Civil Veterinary Dept. North-West Frontier Province 1901-22 - 1901-1922
Year: 1901
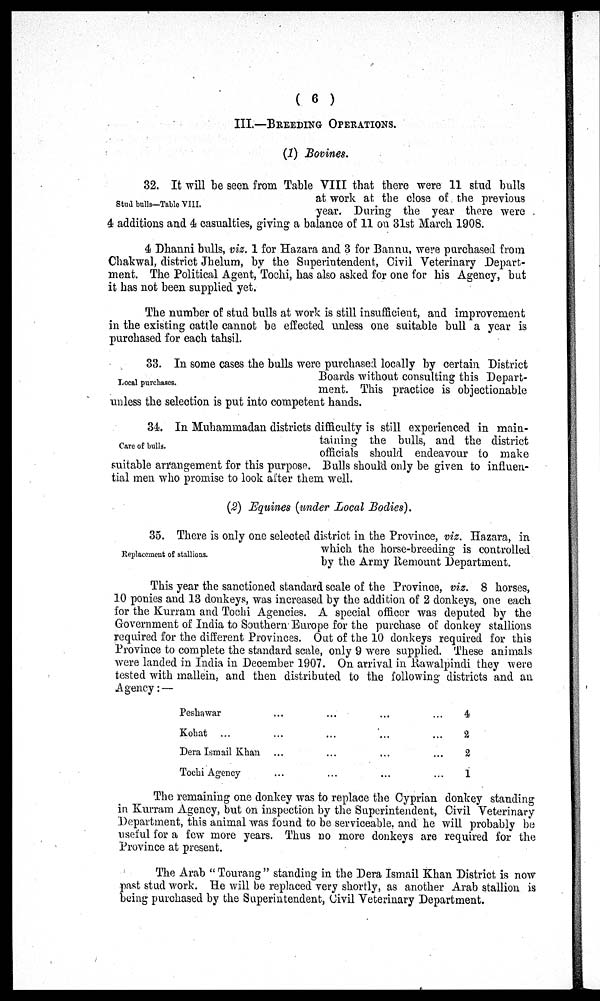
(6)
III—BREEDING OPERATIONS.
(1) Bovines.
Stud bulls—Table VIII.
32. It will be seen from Table VIII that there were 11 stud bulls
at work at the close of the previous
year. During the year there were
4 additions and 4 casualties, giving a balance of 11 on 31st March 1908.
4 Dhanni bulls, viz. 1 for Hazara and 3 for Bannu, were purchased from
Chakwal, district Jhelum, by the Superintendent, Civil Veterinary Depart-
ment. The Political Agent, Tochi, has also asked for one for his Agency, but
it has not been supplied yet.
The number of stud bulls at work is still insufficient, and improvement
in the existing cattle cannot be effected unless one suitable bull a year is
purchased for each tahsil.
Local purchases.
33. In some cases the bulls were purchased locally by certain District
Boards without consulting this Depart-
ment. This practice is objectionable
unless the selection is put into competent hands.
Care of bulls.
34. In Muhammadan districts difficulty is still experienced in main-
taining the bulls, and the district
officials should endeavour to make
suitable arrangement for this purpose. Bulls should only be given to influen-
tial men who promise to look after them well.
(2) Equines (under Local Bodies).
Replacement of stallions.
35. There is only one selected district in the Province, viz. Hazara, in
which the horse-breeding is controlled
by the Army Remount Department.
This year the sanctioned standard scale of the Province, viz. 8 horses,
10 ponies and 13 donkeys, was increased by the addition of 2 donkeys, one each
for the Kurram and Tochi Agencies. A special officer was deputed by the
Government of India to Southern Europe for the purchase of donkey stallions
required for the different Provinces. Out of the 10 donkeys required for this
Province to complete the standard scale, only 9 were supplied. These animals
were landed in India in December 1907. On arrival in Rawalpindi they were
tested with mallein, and then distributed to the following districts and an
Agency:—
Peshawar
Kohat ...
Dera Ismail Khan
Tochi Agency
...
...
...
...
...
...
...
...
...
...
...
...
...
...
...
...
4
2
2
1
The remaining one donkey was to replace the Cyprian donkey standing
in Kurram Agency, but on inspection by the Superintendent, Civil Veterinary
Department, this animal was found to be serviceable, and he will probably be
useful for a few more years. Thus no more donkeys are required for the
Province at present.
The Arab "Tourang" standing in the Dera Ismail Khan District is now
past stud work. He will be replaced very shortly, as another Arab stallion is
being purchased by the Superintendent, Civil Veterinary Department.